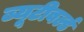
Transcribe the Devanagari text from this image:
ब्यूटीवर्ल्ड